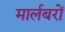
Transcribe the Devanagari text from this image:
मार्लबरों